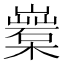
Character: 𣞏